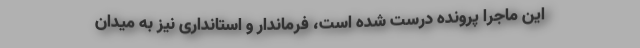
این ماجرا پرونده درست شده است، فرماندار و استانداری نیز به میدان